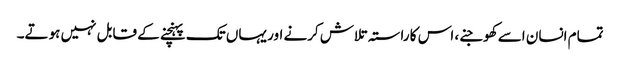
تمام انسان اسے کھوجنے، اس کا راستہ تلاش کرنے اور یہاں تک پہنچنے کے قابل نہیں ہوتے۔